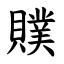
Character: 贌